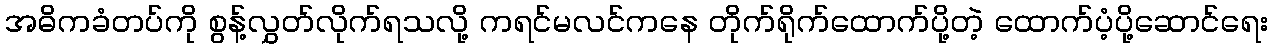
အဓိကခံတပ်ကို စွန့်လွှတ်လိုက်ရသလို့ ကရင်မလင်ကနေ တိုက်ရိုက်ထောက်ပို့တဲ့ ထောက်ပံ့ပို့ဆောင်ရေး